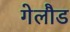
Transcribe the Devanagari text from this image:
गेलौड